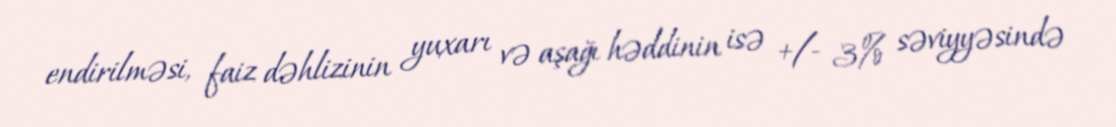
endirilməsi, faiz dəhlizinin yuxarı və aşağı həddinin isə +/- 3% səviyyəsində